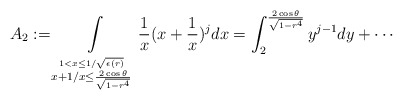
\begin{align*} A_2:=\int\limits_{\stackrel{1 < x\leq 1/\sqrt{\epsilon(r)}}{x+1/x\leq \frac{2\cos\theta}{\sqrt{1-r^4}}}}\frac 1x(x+\frac 1x)^j dx =\int_2^{\frac{2\cos\theta}{\sqrt{1-r^4}}} y^{j-1} dy+\cdots \end{align*}